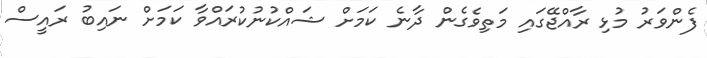
ފެންވަރު މުޅި ރާއްޖޭގައި މަތިވެގެން ދާނެ ކަމަށް ޝައްކުނުކުރައްވާ ކަމަށް ނައިބު ރައީސް